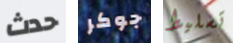
حدث جوكر تسليط